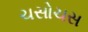
ચસોચસ